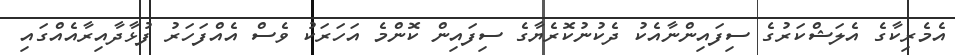
އެމެރިކާގެ އެލަޝްކަރުގެ ސިފައިންނާއެކު ދެކުނުކޮރެޔާގެ ސިފައިން ކޮންމެ އަހަރަކު ވެސް އެއްފަހަރު ފުޅާދާއިރާއެއްގައި